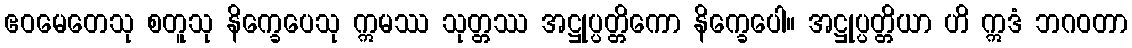
ဧဝမေတေသု စတူသု နိက္ခေပေသု ဣမဿ သုတ္တဿ အဋ္ဌုပ္ပတ္တိကော နိက္ခေပေါ။ အဋ္ဌုပ္ပတ္တိယာ ဟိ ဣဒံ ဘဂဝတာ